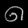
Digit: ၈